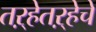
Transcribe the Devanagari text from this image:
तऱ्हेतऱ्हेचे